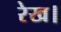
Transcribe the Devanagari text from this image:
रेख।